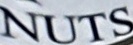
NUTS